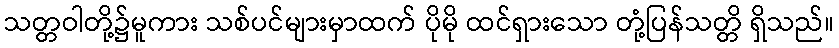
သတ္တဝါတို့၌မူကား သစ်ပင်များမှာထက် ပိုမို ထင်ရှားသော တုံ့ပြန်သတ္တိ ရှိသည်။